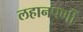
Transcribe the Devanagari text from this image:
लहानपणीं